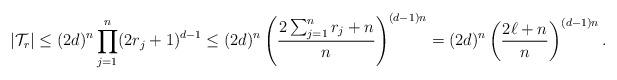
LaTeX: \begin{align*}|\mathcal{T}_r|\leq (2d)^n \prod_{j=1}^n (2r_j+1)^{d-1}\leq (2d)^n \left(\frac{2\sum_{j=1}^n r_j+n}{n}\right)^{(d-1)n}=(2d)^n \left(\frac{2\ell+n}{n}\right)^{(d-1)n}.\end{align*}